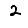
Digit: 2